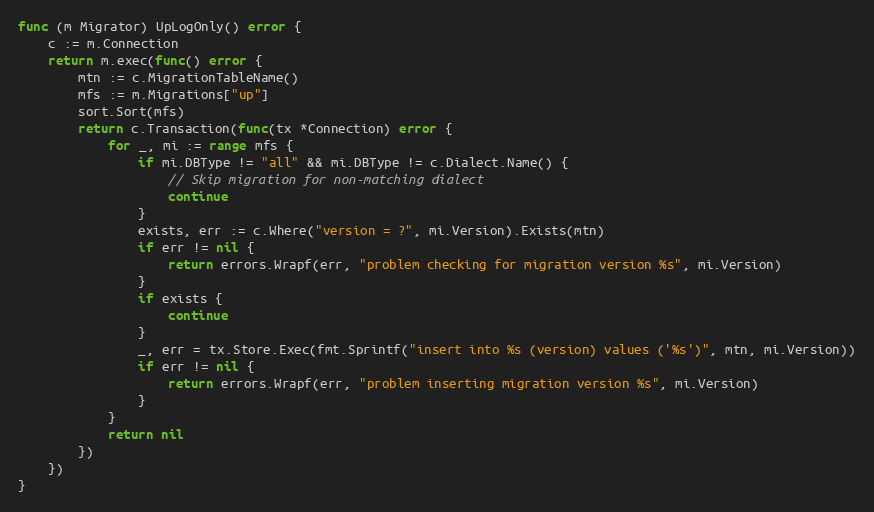
Language: Go
func (m Migrator) UpLogOnly() error {
	c := m.Connection
	return m.exec(func() error {
		mtn := c.MigrationTableName()
		mfs := m.Migrations["up"]
		sort.Sort(mfs)
		return c.Transaction(func(tx *Connection) error {
			for _, mi := range mfs {
				if mi.DBType != "all" && mi.DBType != c.Dialect.Name() {
					// Skip migration for non-matching dialect
					continue
				}
				exists, err := c.Where("version = ?", mi.Version).Exists(mtn)
				if err != nil {
					return errors.Wrapf(err, "problem checking for migration version %s", mi.Version)
				}
				if exists {
					continue
				}
				_, err = tx.Store.Exec(fmt.Sprintf("insert into %s (version) values ('%s')", mtn, mi.Version))
				if err != nil {
					return errors.Wrapf(err, "problem inserting migration version %s", mi.Version)
				}
			}
			return nil
		})
	})
}